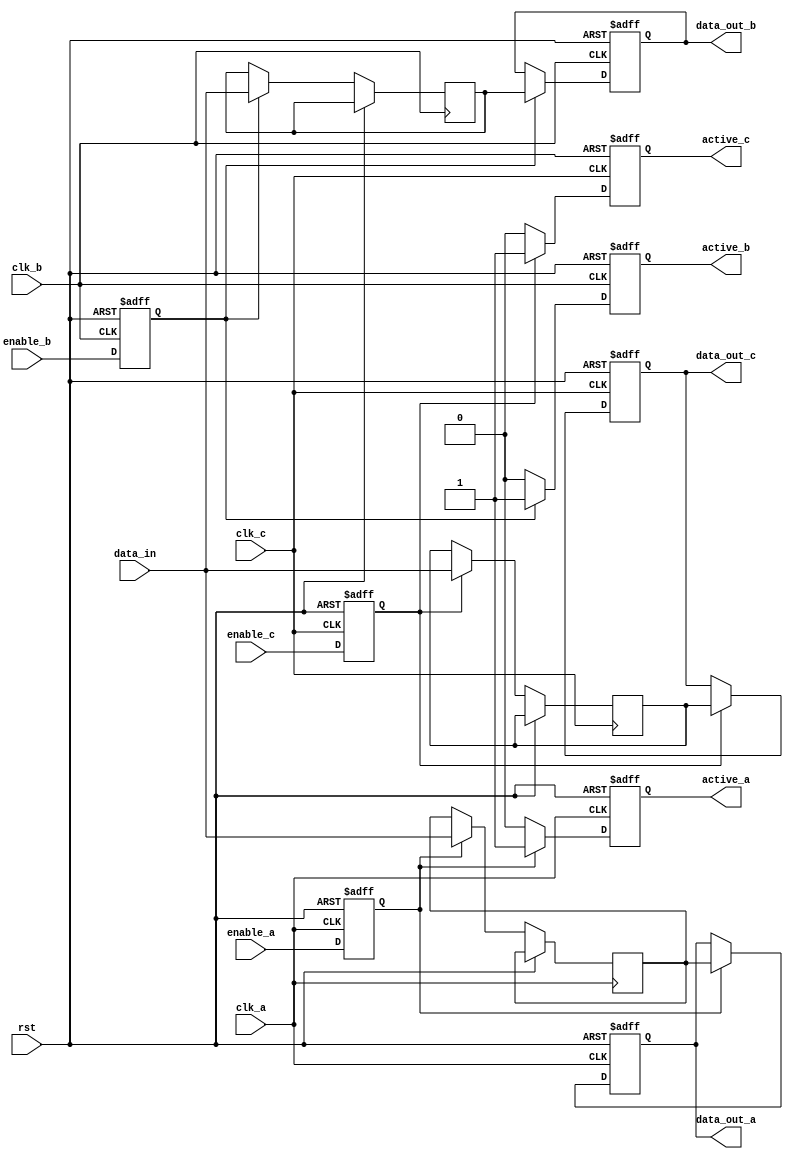
module memory_block (
    input wire clk_a,
    input wire clk_b,
    input wire clk_c,
    input wire enable_a,
    input wire enable_b,
    input wire enable_c,
    input wire [7:0] data_in,
    output reg [7:0] data_out_a,
    output reg [7:0] data_out_b,
    output reg [7:0] data_out_c,
    output reg active_a,
    output reg active_b,
    output reg active_c,
    input wire rst
);

// Memory storage
reg [7:0] memory [0:255]; // 256x8-bit memory

// Synchronization registers for enable signals
reg enable_a_sync, enable_b_sync, enable_c_sync;

// Synchronization logic for enable signals
always @(posedge clk_a or posedge rst) begin
    if (rst) begin
        enable_a_sync <= 1'b0;
    end else begin
        enable_a_sync <= enable_a;
    end
end

always @(posedge clk_b or posedge rst) begin
    if (rst) begin
        enable_b_sync <= 1'b0;
    end else begin
        enable_b_sync <= enable_b;
    end
end

always @(posedge clk_c or posedge rst) begin
    if (rst) begin
        enable_c_sync <= 1'b0;
    end else begin
        enable_c_sync <= enable_c;
    end
end

// Gating logic for memory block A
always @(posedge clk_a or posedge rst) begin
    if (rst) begin
        active_a <= 1'b0;
        data_out_a <= 8'b0;
    end else if (enable_a_sync) begin
        active_a <= 1'b1;
        // Example operation: write data to memory
        memory[0] <= data_in; // Writing to address 0
        data_out_a <= memory[0]; // Reading from address 0
    end else begin
        active_a <= 1'b0; // Memory block A is inactive
        data_out_a <= data_out_a; // Retain data
    end
end

// Gating logic for memory block B
always @(posedge clk_b or posedge rst) begin
    if (rst) begin
        active_b <= 1'b0;
        data_out_b <= 8'b0;
    end else if (enable_b_sync) begin
        active_b <= 1'b1;
        // Example operation: write data to memory
        memory[1] <= data_in; // Writing to address 1
        data_out_b <= memory[1]; // Reading from address 1
    end else begin
        active_b <= 1'b0; // Memory block B is inactive
        data_out_b <= data_out_b; // Retain data
    end
end

// Gating logic for memory block C
always @(posedge clk_c or posedge rst) begin
    if (rst) begin
        active_c <= 1'b0;
        data_out_c <= 8'b0;
    end else if (enable_c_sync) begin
        active_c <= 1'b1;
        // Example operation: write data to memory
        memory[2] <= data_in; // Writing to address 2
        data_out_c <= memory[2]; // Reading from address 2
    end else begin
        active_c <= 1'b0; // Memory block C is inactive
        data_out_c <= data_out_c; // Retain data
    end
end

endmodule